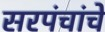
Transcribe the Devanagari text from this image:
सरपंचांचे